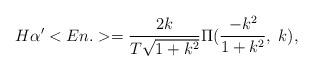
LaTeX: \begin{align*}H\alpha'<En.>=\frac{2k}{T\sqrt{1+k^2}}\Pi(\frac{-k^2}{1+k^2},\;k),\end{align*}